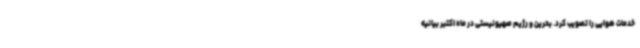
خدمات هوایی را تصویب کرد. بحرین و رژیم صهیونیستی در ماه اکتبر بیانیه